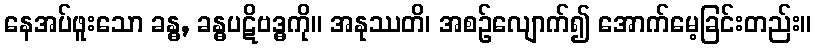
နေအပ်ဖူးသော ခန္ဓ, ခန္ဓပဋိဗဒ္ဓကို။ အနုဿတိ၊ အစဉ်လျောက်၍ အောက်မေ့ခြင်းတည်း။